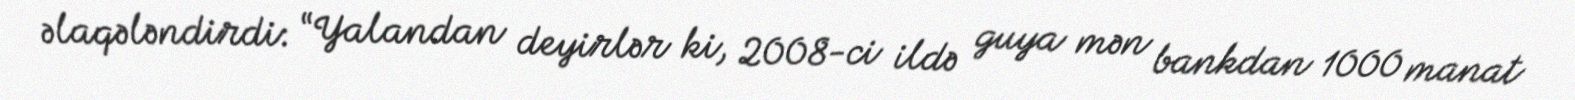
əlaqələndirdi: “Yalandan deyirlər ki, 2008-ci ildə guya mən bankdan 1000 manat